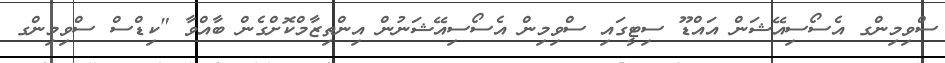
ސްވިމިންގ އެސޯސިއޭޝަން އައްޑޫ ސިޓީގައި ސްވިމިން އެސޯސިއޭޝަނުން އިންތިޒާމްކޮށްގެން ބާއްވާ "ކިޑްސް ސްވިމިންގ